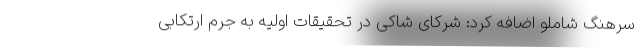
سرهنگ شاملو اضافه کرد: شرکای شاکی در تحقیقات اولیه به جرم ارتکابی